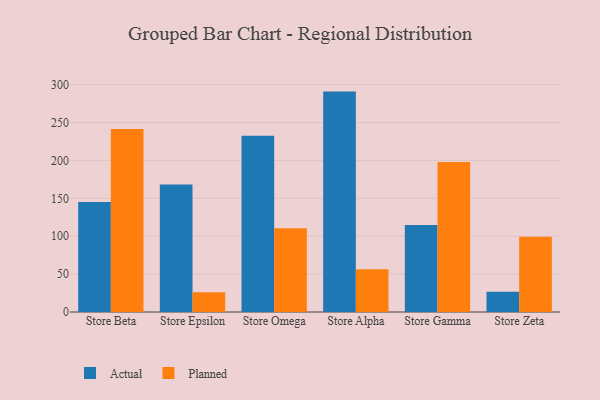
{"axis": {"x": "Store", "y": "Gross Profit (USD K)"}, "legend": ["Actual", "Planned"], "data": [{"x": "Store Beta", "y": 145.2, "type": "Actual"}, {"x": "Store Beta", "y": 241.5, "type": "Planned"}, {"x": "Store Epsilon", "y": 168.2, "type": "Actual"}, {"x": "Store Epsilon", "y": 26.2, "type": "Planned"}, {"x": "Store Omega", "y": 232.7, "type": "Actual"}, {"x": "Store Omega", "y": 110.5, "type": "Planned"}, {"x": "Store Alpha", "y": 290.8, "type": "Actual"}, {"x": "Store Alpha", "y": 56.4, "type": "Planned"}, {"x": "Store Gamma", "y": 114.9, "type": "Actual"}, {"x": "Store Gamma", "y": 198.0, "type": "Planned"}, {"x": "Store Zeta", "y": 26.8, "type": "Actual"}, {"x": "Store Zeta", "y": 99.3, "type": "Planned"}]}